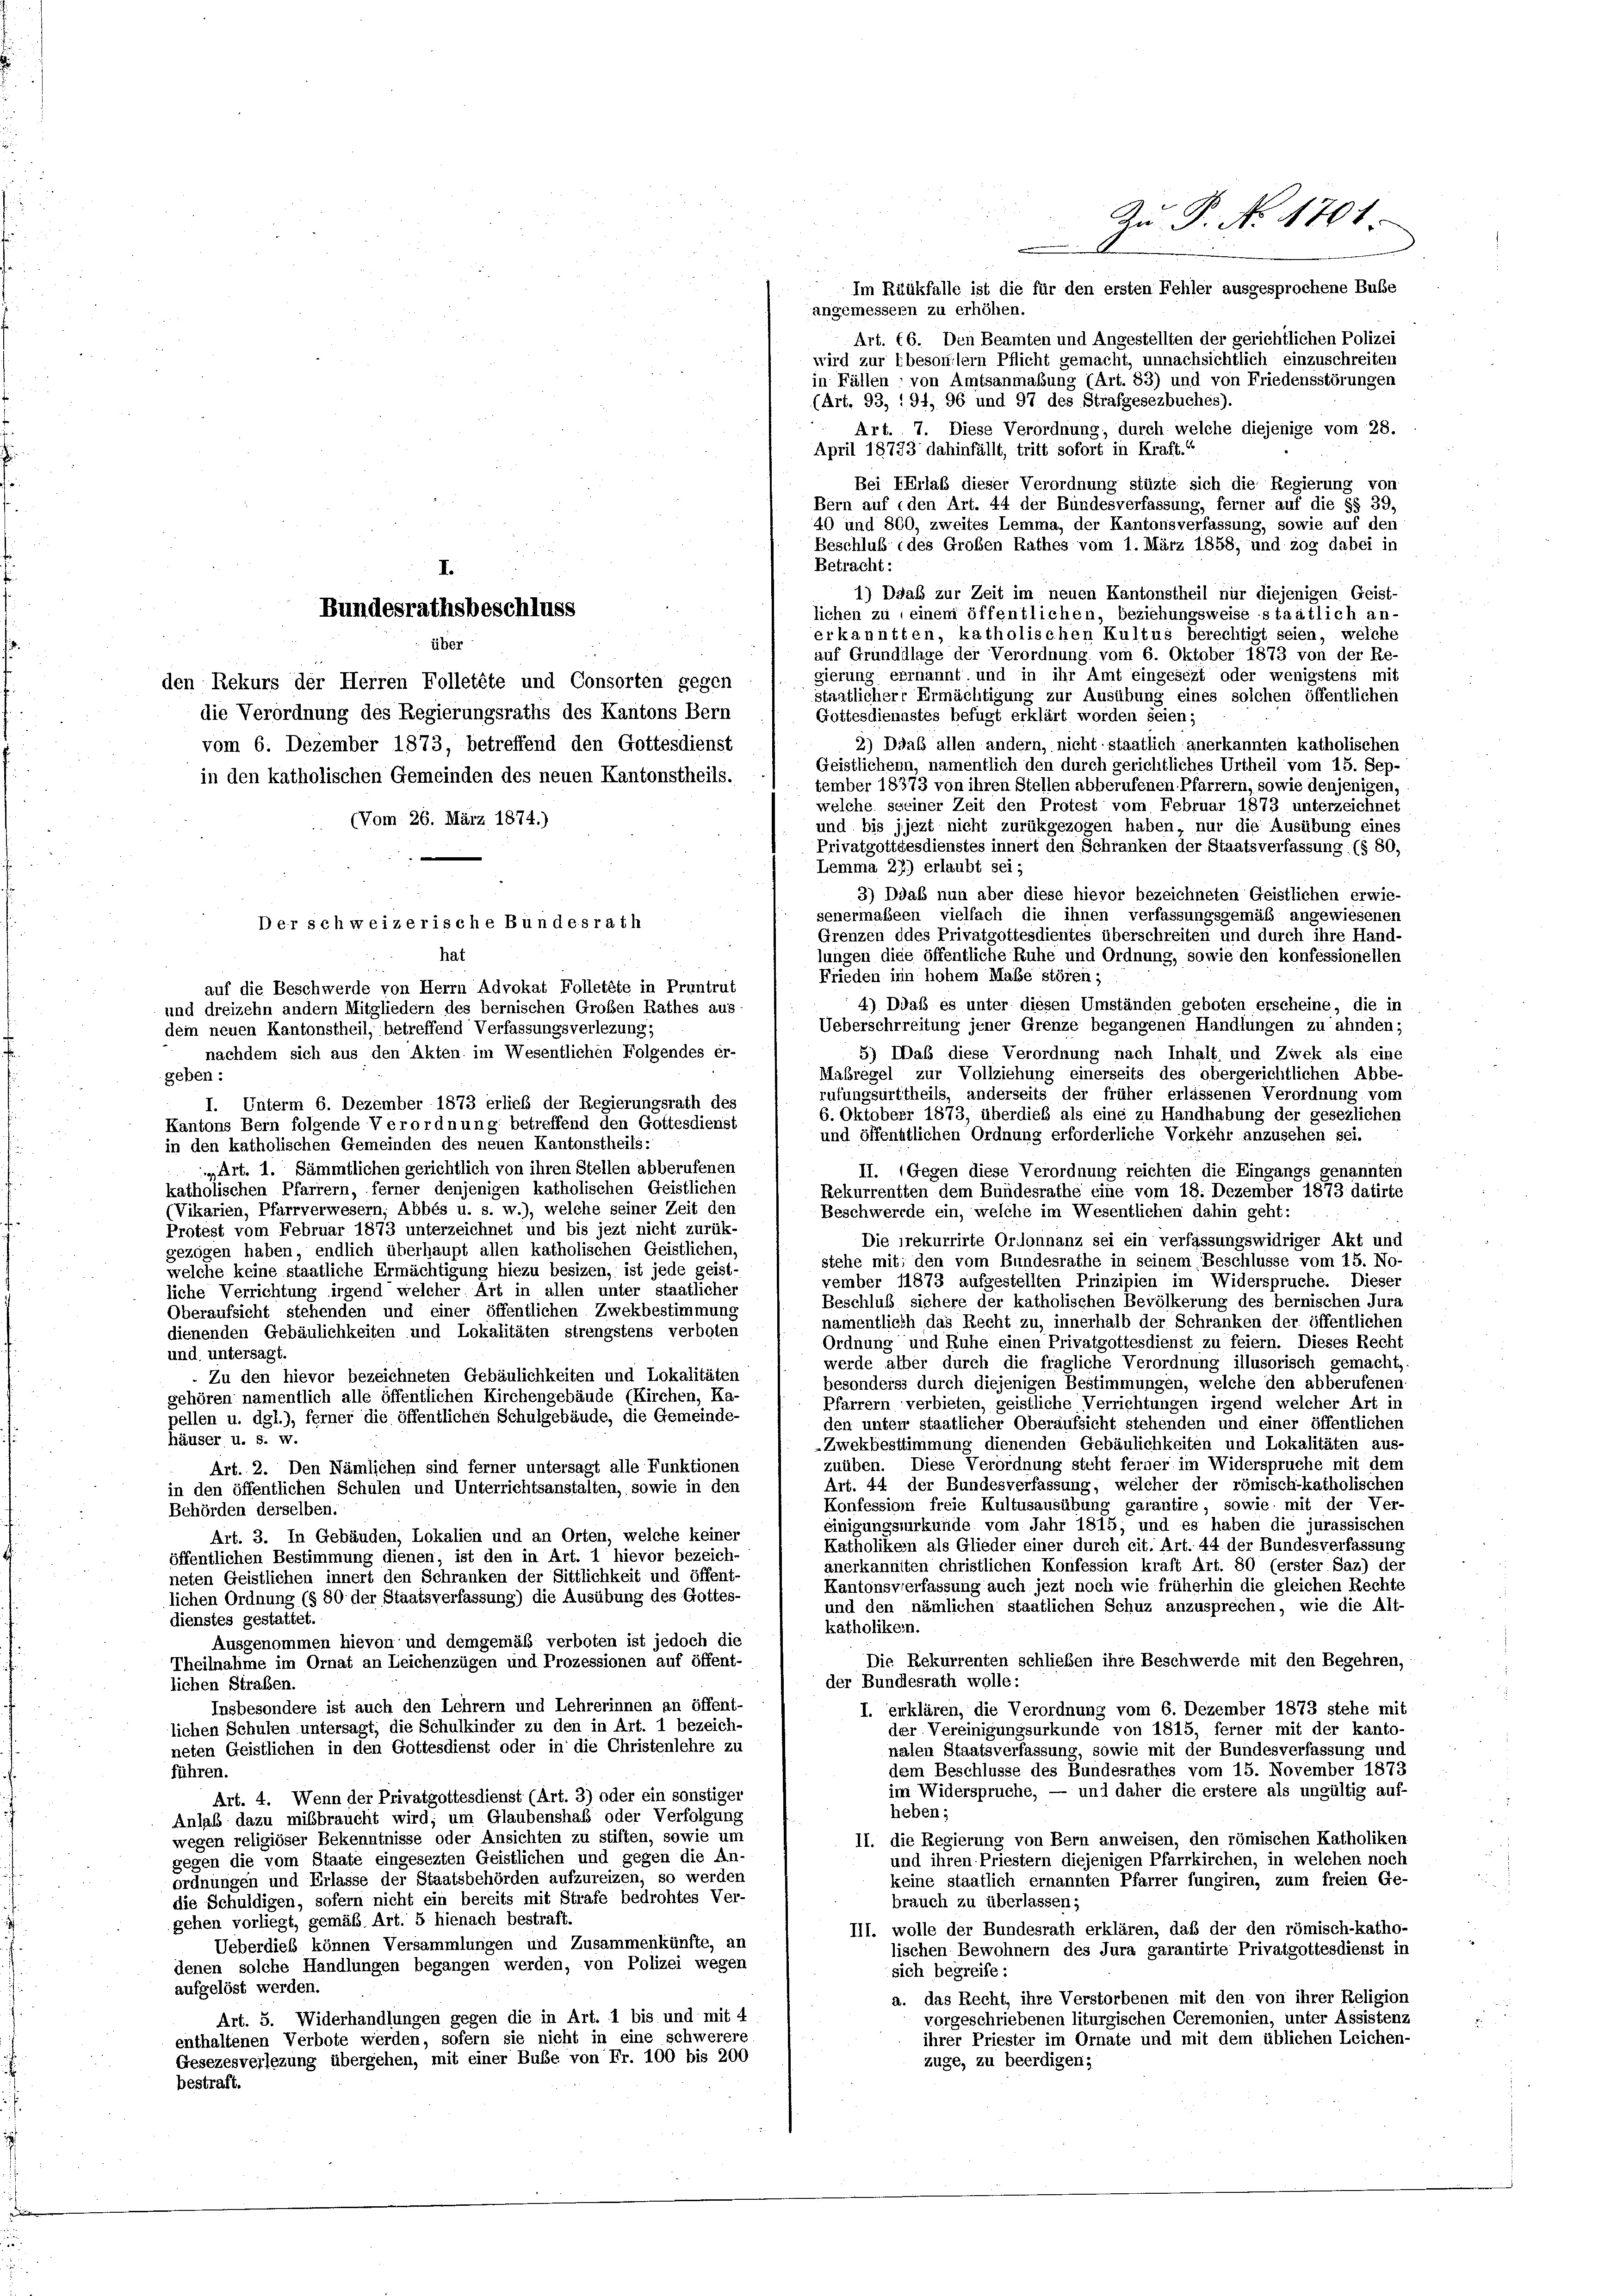
geben:

angemessern zu erhöhen.
Art. 16. Den Beamten und Angestellten der gerichtlichen Polizei
wird zur besondlern Pflicht gemacht, unnachsichtlich einzuschreiten
in Fällen ; von Amtsanmabung (Art. 83) und von Friedensstörungen
(Art. 93, 194, 96 und 97 des Strafgesezbuches).
Art. 7. Diese Verordnung, durch welche diejenige vom 28.
April 18733 dahinfällt, tritt sofort in Kraft.“
Bei Erlaß dieser Verordnung stüzte sich die Regierung von
Bern auf den Art. 44 der Bundesverfassung, ferner auf die §§ 39,
40 und 800, zweites Lemma, der Kantonsverfassung, sowie auf den
Beschluß des Großen Rathes vom 1. März 1858, und zog dabei in
Betracht:
1) Daab zur Zeit im neuen Kantonstheil nur diejenigen Geist-
lichen zu einem öffentlichen, beziehungsweise staatlich an-
erkanntten, katholischen Kultus berechtigt seien, welche
auf Grunddlage der Verordnung vom 6. Oktober 1873 von der Re
gierung errannt und in ihr Amt eingesezt oder wenigstens mit
den Rekurs der Herren Folletete und Consorten gegen
staatlichere Ermächtigung zur Ausübung eines solchen öffentlichen
die Verordnung des Regierungsraths des Kantons Bern
Gottesdiennstes befugt erklärt worden seien;
2) Daß allen andern, nicht staatlich anerkannten katholischen
vom 6. Dezember 1873, betreffend den Gottesdienst
Geistlichenn, namentlich den durch gerichtliches Urtheil vom 15. Sep-
in den katholischen Gemeinden des neuen Kantonstheils.
tember 18373 von ihren Stellen abberufenen Pfarrern, sowie denjenigen,
welche seiner Zeit den Protest vom Februar 1873 unterzeichnet
(Vom 26. März 1874.)
und bis jjezt nicht zurükgezogen haben, nur die Ausübung eines
Privatgottdesdienstes innert den Schranken der Staatsverfassung (§ 80
Lemma 27) erlaubt sei;
3) Ddaß nun aber diese hievor bezeichneten Geistlichen erwie-
senermaßeen vielfach die ihnen verfassungsgemäß angewiesenen
Grenzen ddes Privatgottesdientes überschreiten und durch ihre Hand-
lungen diee öffentliche Ruhe und Ordnung, sowie den konfessionellen
Frieden inn hohem Maße stören;
auf die Beschwerde von Herrn Advokat Folletete in Pruntrut
4) Ddaß es unter diesen Umständen geboten erscheine, die in
und dreizehn andern Mitgliedern des bernischen Großen Rathes aus
Ueberschrreitung jener Grenze begangenen Handlungen zu ahnden;
dein neuen Kantonstheil, betreffend Verfassungsverlezung;
5) Daß diese Verordnung nach Inhalt, und Zwek als eine
nachdem sich aus den Akten im Wesentlichen Folgendes er-
Mabregel zur Vollziehung einerseits des obergerichtlichen Abbe-
rufungsurttheils, anderseits der früher erlassenen Verordnung vom
I. Unterm 6. Dezember 1873 erlieb der Regierungsrath des
6. Oktober 1873, überdies als eine zu Handhabung der gesezlichen
Kantons Bern folgende Verordnung betreffend den Gottesdienst
und öffenhtlichen Ordnung erforderliche Vorkehr anzusehen sei.
in den katholischen Gemeinden des neuen Kantonstheils:
Art. 1. Sämmtlichen gerichtlich von ihren Stellen abberufenen
II. (Gegen diese Verordnung reichten die Eingangs genannten
katholischen Pfarrern, ferner denjenigen katholischen Geistlichen
Rekurrentten dem Bundesrathe eine vom 18. Dezember 1873 datirte
(Vikarien, Pfarrverwesern, Abbés u. s. w.), welche seiner Zeit den
Beschwerde ein, welche im Wesentlichen dahin geht:
Protest vom Februar 1873 unterzeichnet und bis jezt nicht zurük-
Die rekurrirte Ordonnanz sei ein verfassungswidriger Akt und
gezogen haben, endlich überhaupt allen katholischen Geistlichen,
stehe mit; den vom Bundesrathe in seinem Beschlüsse vom 15. No-
welche keine staatliche Ermächtigung hiezu besizen, ist jede geist-
vember 11873 aufgestellten Prinzipien im Widerspruche. Dieser
liche Verrichtung irgend welcher Art in allen unter staatlicher
Beschluß sichere der katholischen Bevölkerung des bernischen Jura
Oberaufsicht stehenden und einer öffentlichen Zwekbestimmung
namentlich das Recht zu, innerhalb der Schranken der öffentlichen
dienenden Gebäulichkeiten und Lokalitäten strengstens verboten
Ordnung und Ruhe einen Privatgottesdienst zu feiern. Dieses Recht
und. untersagt
werde alber durch die fragliche Verordnung illusorisch gemacht,
. Zu den hievor bezeichneten Gebäulichkeiten und Lokalitäten
besonderss durch diejenigen Bestimmungen, welche den abberufenen
gehören namentlich alle öffentlichen Kirchengebäude (Kirchen, Ka-
Pfarrern verbieten, geistliche Verrichtungen irgend welcher Art in
pellen u. dgl.), ferner die öffentlichen Schulgebäude, die Gemeinde-
den unter staatlicher Oberaufsicht stehenden und einer öffentlichen
häuser u. s. w.
-Zwekbestimmung dienenden Gebäulichkeiten und Lokalitäten aus-
zuüben. Diese Verordnung steht ferner im Widerspruche mit dem
Art. 2. Den Nämlichen sind ferner untersagt alle Funktionen
Art. 44 der Bundesverfassung, welcher der römisch-katholischen
in den öffentlichen Schulen und Unterrichtsanstalten, sowie in den
Konfession freie Kultusausübung garantire, sowie mit der Ver-
Behörden derselben.
einigungsurkunde vom Jahr 1815; und es haben die jurassischen
Art. 3. In Gebäuden, Lokalien und an Orten, welche keiner
Katholikein als Glieder einer durch cit. Art. 44 der Bundesverfassung
öffentlichen Bestimmung dienen, ist den in Art. 1 hievor bezeich-
anerkannten christlichen Konfession kraft Art. 80 (erster Saz) der
neten Geistlichen innert den Schranken der Sittlichkeit und öffent-
Kantonsverfassung auch jezt noch wie früherhin die gleichen Rechte
lichen Ordnung (§ 80 der Staatsverfassung) die Ausübung des Gottes-
und den nämlichen staatlichen Schuz anzusprechen, wie die Alt-
dienstes gestattet.
katholikern.
Ausgenommen hievon und demgemäß verboten ist jedoch die
Die Rekurrenten schließen ihre Beschwerde mit den Begehren,
Theilnahme im Ornat an Leichenzügen und Prozessionen auf öffent-
der Bundesrath wolle:
lichen Straßen.
Insbesondere ist auch den Lehrern und Lehrerinnen an öffent-
I. erklären, die Verordnung vom 6. Dezember 1873 stehe mit
lichen Schulen untersagt, die Schulkinder zu den in Art. 1 bezeich-
der Vereinigungsurkunde von 1815, ferner mit der kanto-
neten Geistlichen in den Gottesdienst oder in die Christenlehre zu
nalen Staatsverfassung, sowie mit der Bundesverfassung und
dem Beschlüsse des Bundesrathes vom 15. November 1873
führen.
im Widerspruche, — und daher die erstere als ungültig auf-
Art. 4. Wenn der Privatgottesdienst (Art. 3) oder ein sonstiger
heben:
Anlaß dazu mißbraucht wird; um Glaubenshafs oder Verfolgung
wegen religiöser Bekenntnisse oder Ansichten zu stiften, sowie um
II. die Regierung von Bern anweisen, den römischen Katholiken
gegen die vom Staate eingesezten Geistlichen und gegen die An-
und ihren Priestern diejenigen Pfarrkirchen, in welchen noch
ordnungen und Erlasse der Staatsbehörden aufzureizen, so werden
keine staatlich ernannten Pfarrer fungiren, zum freien Ge-
die Schuldigen, sofern nicht ein bereits mit Strafe bedrohtes Ver-
brauch zu überlassen;
gehen vorliegt, gemäß Art. 5 hienach bestraft.
III. wolle der Bundesrath erklären, daß der den römisch-katho-
Ueberdieß können Versammlungen und Zusammenkünfte, an
lischen Bewohnern des Jura garantirte Privatgottesdienst in
denen solche Handlungen begangen werden, von Polizei wegen
sich begreife:
aufgelöst werden.
a. das Recht, ihre Verstorbenen mit den von ihrer Religion
Art. 5. Widerhandlungen gegen die in Art. 1 bis und mit 4
vorgeschriebenen liturgischen Ceremonien, unter Assistenz.
enthaltenen Verbote werden, sofern sie nicht in eine schwerere
ihrer Priester im Ornate und mit dem üblichen Leichen-
Gesezesversezung übergehen, mit einer Buße von Fr. 100 bis 200
züge, zu beerdigen;
bestraft.

Bundesrathsbeschluss

Der schweizerische Bündesrath
hat

über

.

Zu P. No. 4761
Im Rückfalle ist die für den ersten Fehler ausgesprochene Bube